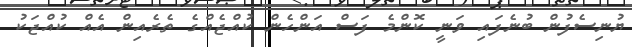
ޔުނިސެފުން ބުނެފައި ވަނީ ކޮންމެ ފަސް އަންހެން ކުއްޖެއްގެ ތެރެއިން އެއް ކުއްޖަކު